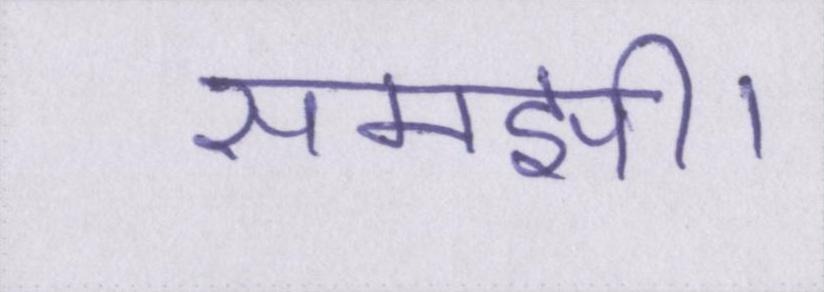
समझी।